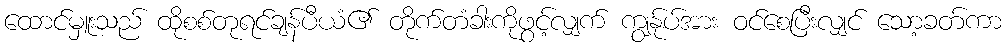
ထောင်မှူးသည် ထိုစစ်တုရင်ချန်ပီယံ၏ တိုက်တံခါးကိုဖွင့်လျှက် ကျွန်ုပ်အား ဝင်စေပြီးလျှင် သော့ခတ်ကာ